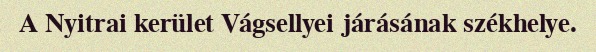
A Nyitrai kerület Vágsellyei járásának székhelye.